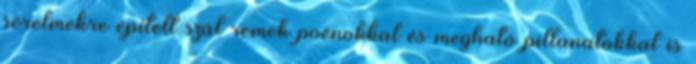
sérelmekre épített szál remek poénokkal és megható pillanatokkal is